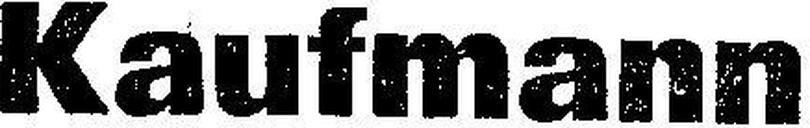
Kaufmann